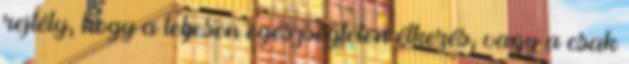
rejtély, hogy a teljesen egészségtelen ét­kezés, vagy a csak